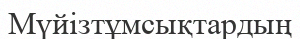
Мүйізтұмсықтардың